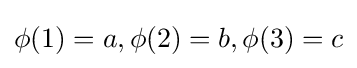
\phi (1)=a,\phi (2)=b,\phi (3)=c